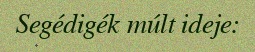
Segédigék múlt ideje: